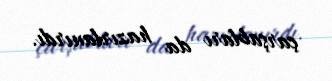
çarşabları da hazırlanırdı.